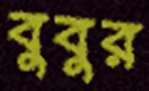
বুবুর